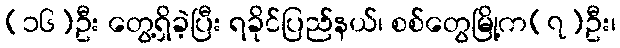
(၁၆)ဦး တွေ့ရှိခဲ့ပြီး ရခိုင်ပြည်နယ်၊ စစ်တွေမြို့က(၇)ဦး၊